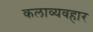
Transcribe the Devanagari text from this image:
कलाव्यवहार